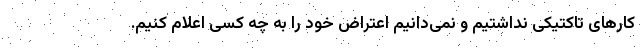
کارهای تاکتیکی نداشتیم و نمی‌دانیم اعتراض خود را به چه کسی اعلام کنیم.